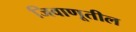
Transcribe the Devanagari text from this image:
जिवाणूतील